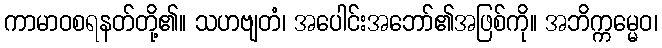
ကာမာဝစရနတ်တို့၏။ သဟဗျတံ၊ အပေါင်းအဘော်၏အဖြစ်ကို။ အဘိက္ကမ္မေဝ၊